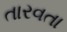
તારવતા